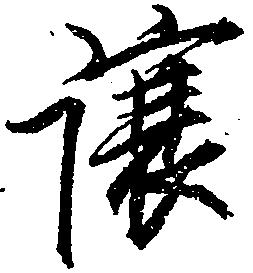
譲